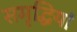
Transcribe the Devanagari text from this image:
समृद्धियां